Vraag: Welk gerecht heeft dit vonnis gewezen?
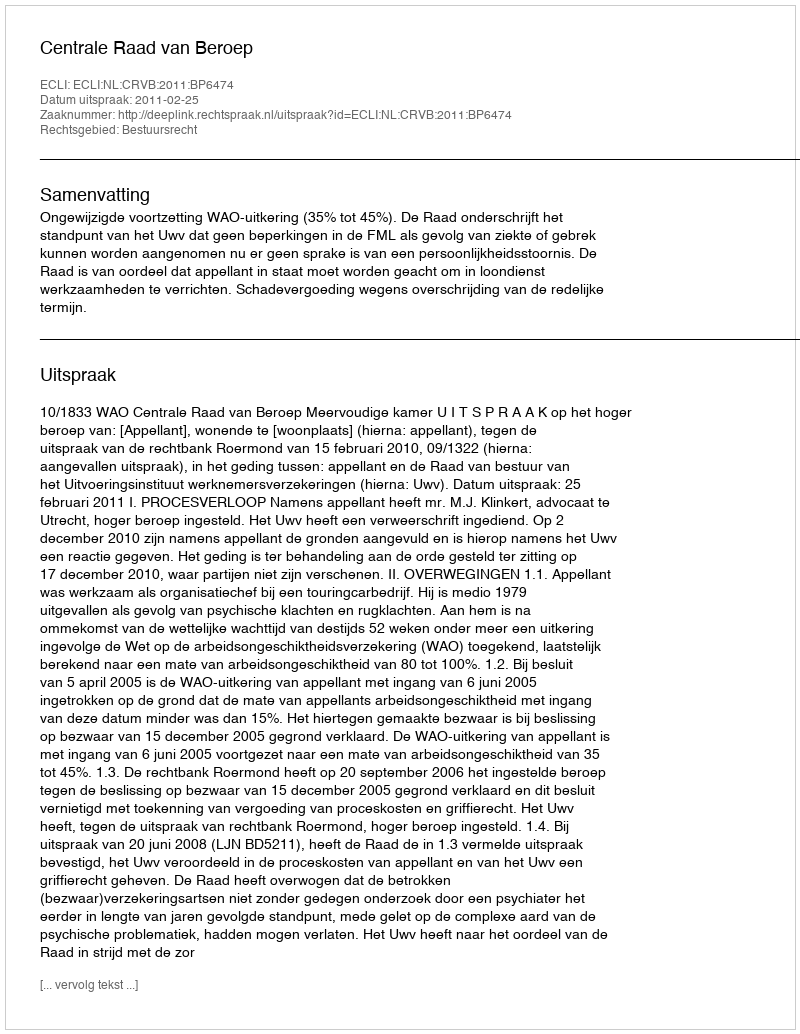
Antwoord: Centrale Raad van Beroep